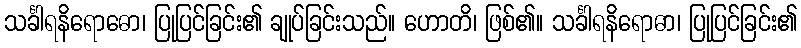
သင်္ခါရနိရောဓော၊ ပြုပြင်ခြင်း၏ ချုပ်ခြင်းသည်။ ဟောတိ၊ ဖြစ်၏။ သင်္ခါရနိရောဓာ၊ ပြုပြင်ခြင်း၏